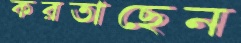
করতাছেন